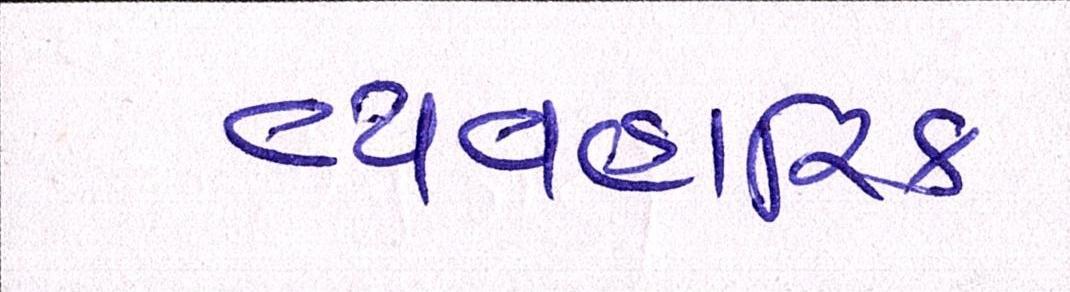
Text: વ્યવહારિક